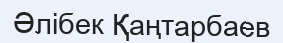
Әлібек Қаңтарбаев